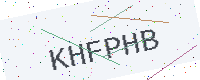
Text: KHFPHB